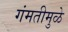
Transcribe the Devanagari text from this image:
गंमतीमुळे